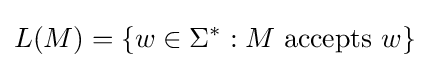
L(M)=\{w\in \Sigma ^{*}:M{\text{ accepts }}w\}